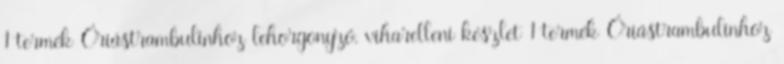
1 termék Óriástrambulinhoz lehorgonyzó, viharelleni készlet 1 termék Óriástrambulinhoz